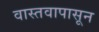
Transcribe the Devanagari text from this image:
वास्तवापासून